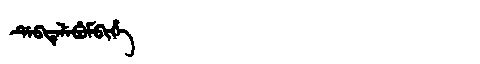
Manchu: ᡩᡝᠪᡨᡝᠯᡝᠪᡠᠮᠪᡳᡥᡝ
Romanization: DEBTELEBUMBIHE